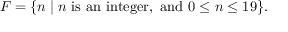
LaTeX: F = \{ n \mid n { \mathrm { ~ i s ~ a n ~ i n t e g e r , ~ a n d ~ } } 0 \leq n \leq 1 9 \} .